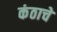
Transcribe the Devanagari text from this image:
कंठाचे